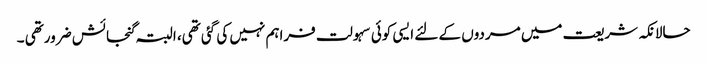
حالانکہ شریعت میں مردوں کے لئے ایسی کوئی سہولت فراہم نہیں کی گئی تھی، البتہ گنجائش ضرورتھی ۔